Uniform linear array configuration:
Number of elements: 32
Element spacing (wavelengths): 0.25
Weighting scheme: hamming
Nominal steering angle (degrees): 15
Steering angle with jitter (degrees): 13.876
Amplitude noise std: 0.05
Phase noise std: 0.05

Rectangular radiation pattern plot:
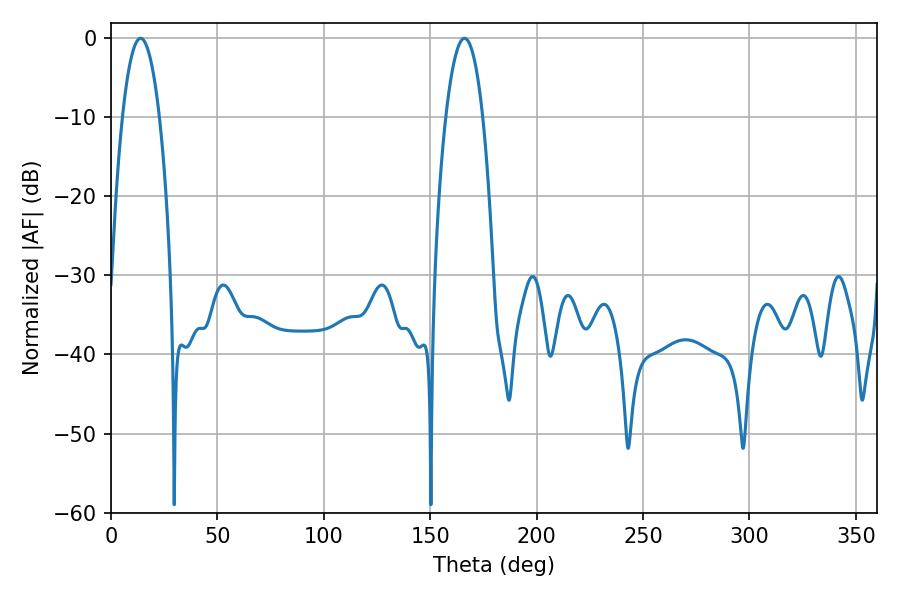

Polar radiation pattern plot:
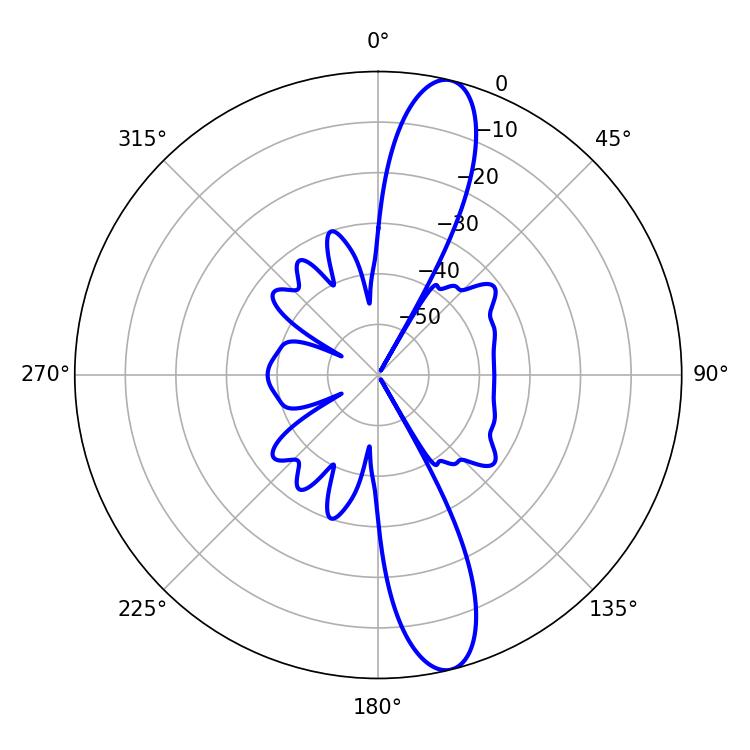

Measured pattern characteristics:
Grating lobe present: FALSE
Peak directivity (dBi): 13.631
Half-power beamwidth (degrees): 9.54
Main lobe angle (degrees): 13.86